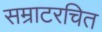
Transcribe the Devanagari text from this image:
सम्राटरचित